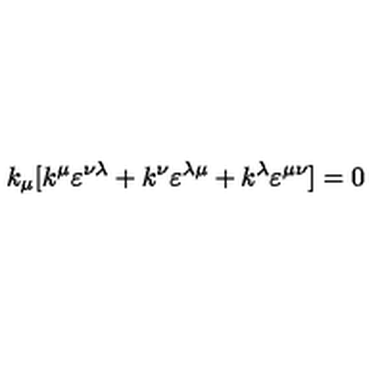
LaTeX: k _ { \mu } [ k ^ { \mu } \varepsilon ^ { \nu \lambda } + k ^ { \nu } \varepsilon ^ { \lambda \mu } + k ^ { \lambda } \varepsilon ^ { \mu \nu } ] = 0